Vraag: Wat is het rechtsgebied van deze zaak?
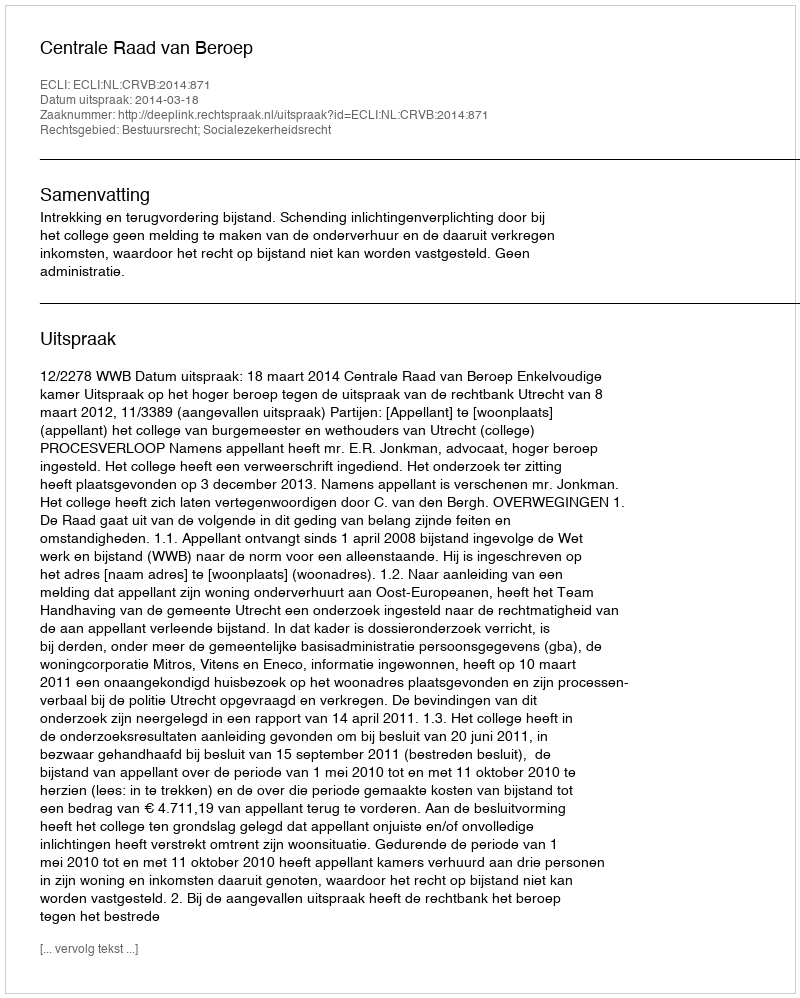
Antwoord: Bestuursrecht; Socialezekerheidsrecht